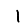
Digit: 1